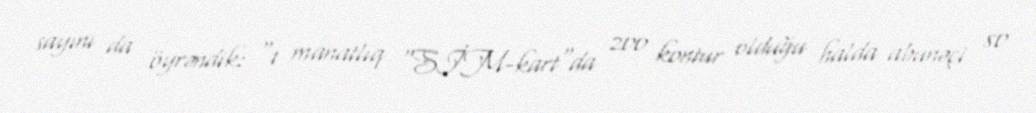
sayını da öyrəndik: “1 manatlıq "SİM-kart"da 200 kontur olduğu halda abunəçi 80